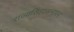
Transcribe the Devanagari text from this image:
राज्यसिंहासनावर